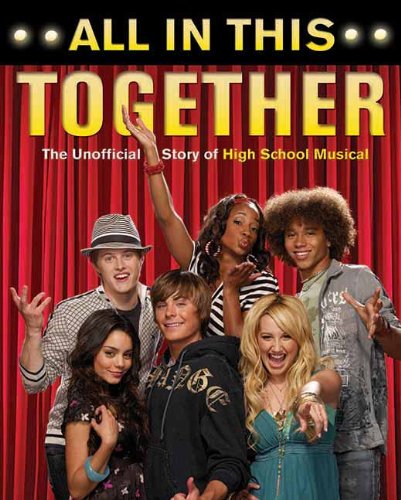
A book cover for All in This Together: The Unofficial Story of "High School Musical"; Teen & Young Adult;